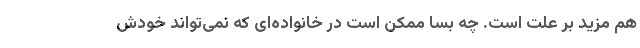
هم مزید بر علت است. چه بسا ممکن است در خانواده‌ای که نمی‌تواند خودش